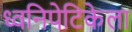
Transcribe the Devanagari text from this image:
ध्वनिपेटिकेला